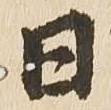
日